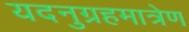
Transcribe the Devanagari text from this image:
यदनुग्रहमात्रेण